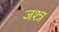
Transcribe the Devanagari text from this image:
जश्न्न